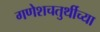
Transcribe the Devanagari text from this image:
गणेशचतुर्थीच्या